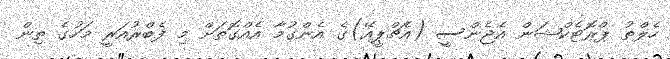
ހެލްތު ޕްރޮޓެކްޝަން އެޖެންސީ (އެޗްޕީއޭ)ގެ އެންގުމާ އެއްގޮތަށް މި ފެބްރުއަރީ މަހުގެ ތިން